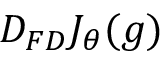
D _ { F D } J _ { \theta } ( g )